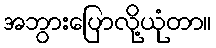
အဘွားပြောလို့ယုံတာ။